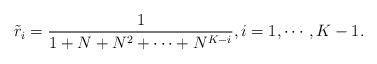
LaTeX: \begin{align*} \tilde{r}_i=\frac{1}{1+N+N^2+\cdots+N^{K-i}}, i=1, \cdots, K-1. \end{align*}